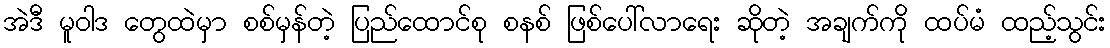
အဲဒီ မူဝါဒ တွေထဲမှာ စစ်မှန်တဲ့ ပြည်ထောင်စု စနစ် ဖြစ်ပေါ်လာရေး ဆိုတဲ့ အချက်ကို ထပ်မံ ထည့်သွင်း